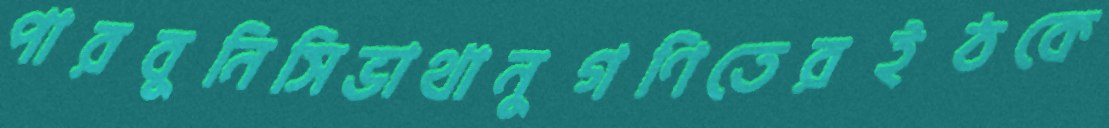
পারবুনিসিভাথানুগণিতেরইঠকে